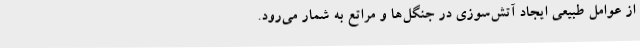
از عوامل طبیعی ایجاد آتش‌سوزی در جنگل‌ها و مراتع به شمار می‌رود.